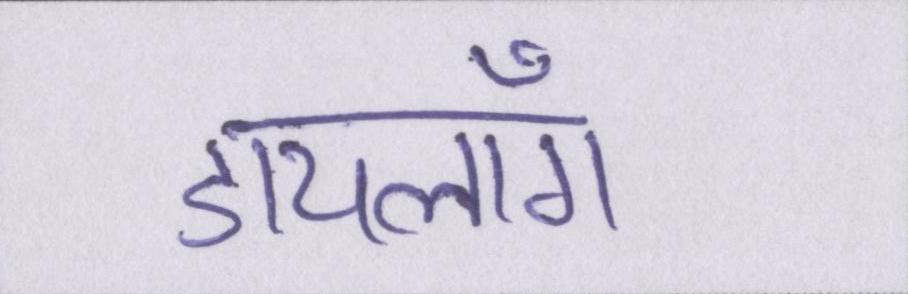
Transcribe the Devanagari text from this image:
डायलॉग